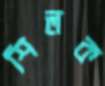
শিলক